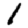
Digit: 1